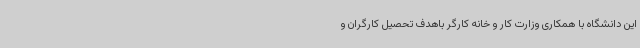
این دانشگاه با همکاری وزارت کار و خانه کارگر باهدف تحصیل کارگران و